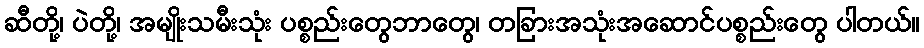
ဆီတို့၊ ပဲတို့၊ အမျိုးသမီးသုံး ပစ္စည်းတွေဘာတွေ၊ တခြားအသုံးအဆောင်ပစ္စည်းတွေ ပါတယ်။